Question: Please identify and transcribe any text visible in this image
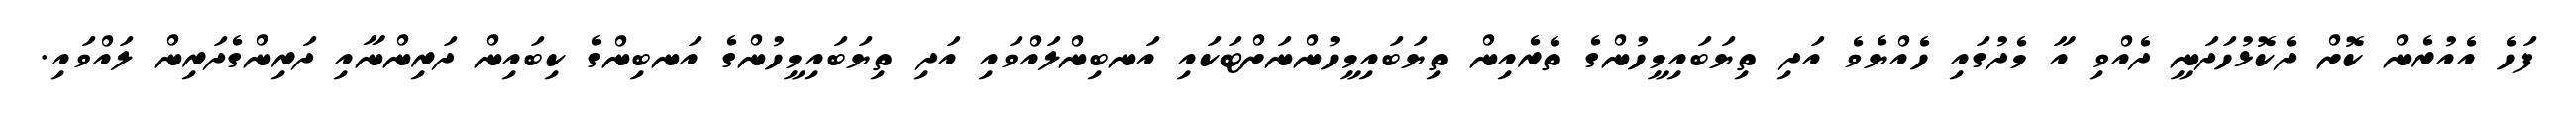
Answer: ފަހެ އެއުރެން ކޮށް ދެކޮޅުހަދަނީ ދެއްވި އާ މެދުގައި ހެއްޔެވެ އަދި ތިޔަބައިމީހުންގެ ތެރެއިން ތިޔަބައިމީހުންނަށްޓަކައި އަނބިންލައްވައި އަދި ތިޔަބައިމީހުންގެ އަނބިންގެ ކިބައިން ދަރިންނާއި ދަރިންގެދަރިން ލައްވައި.